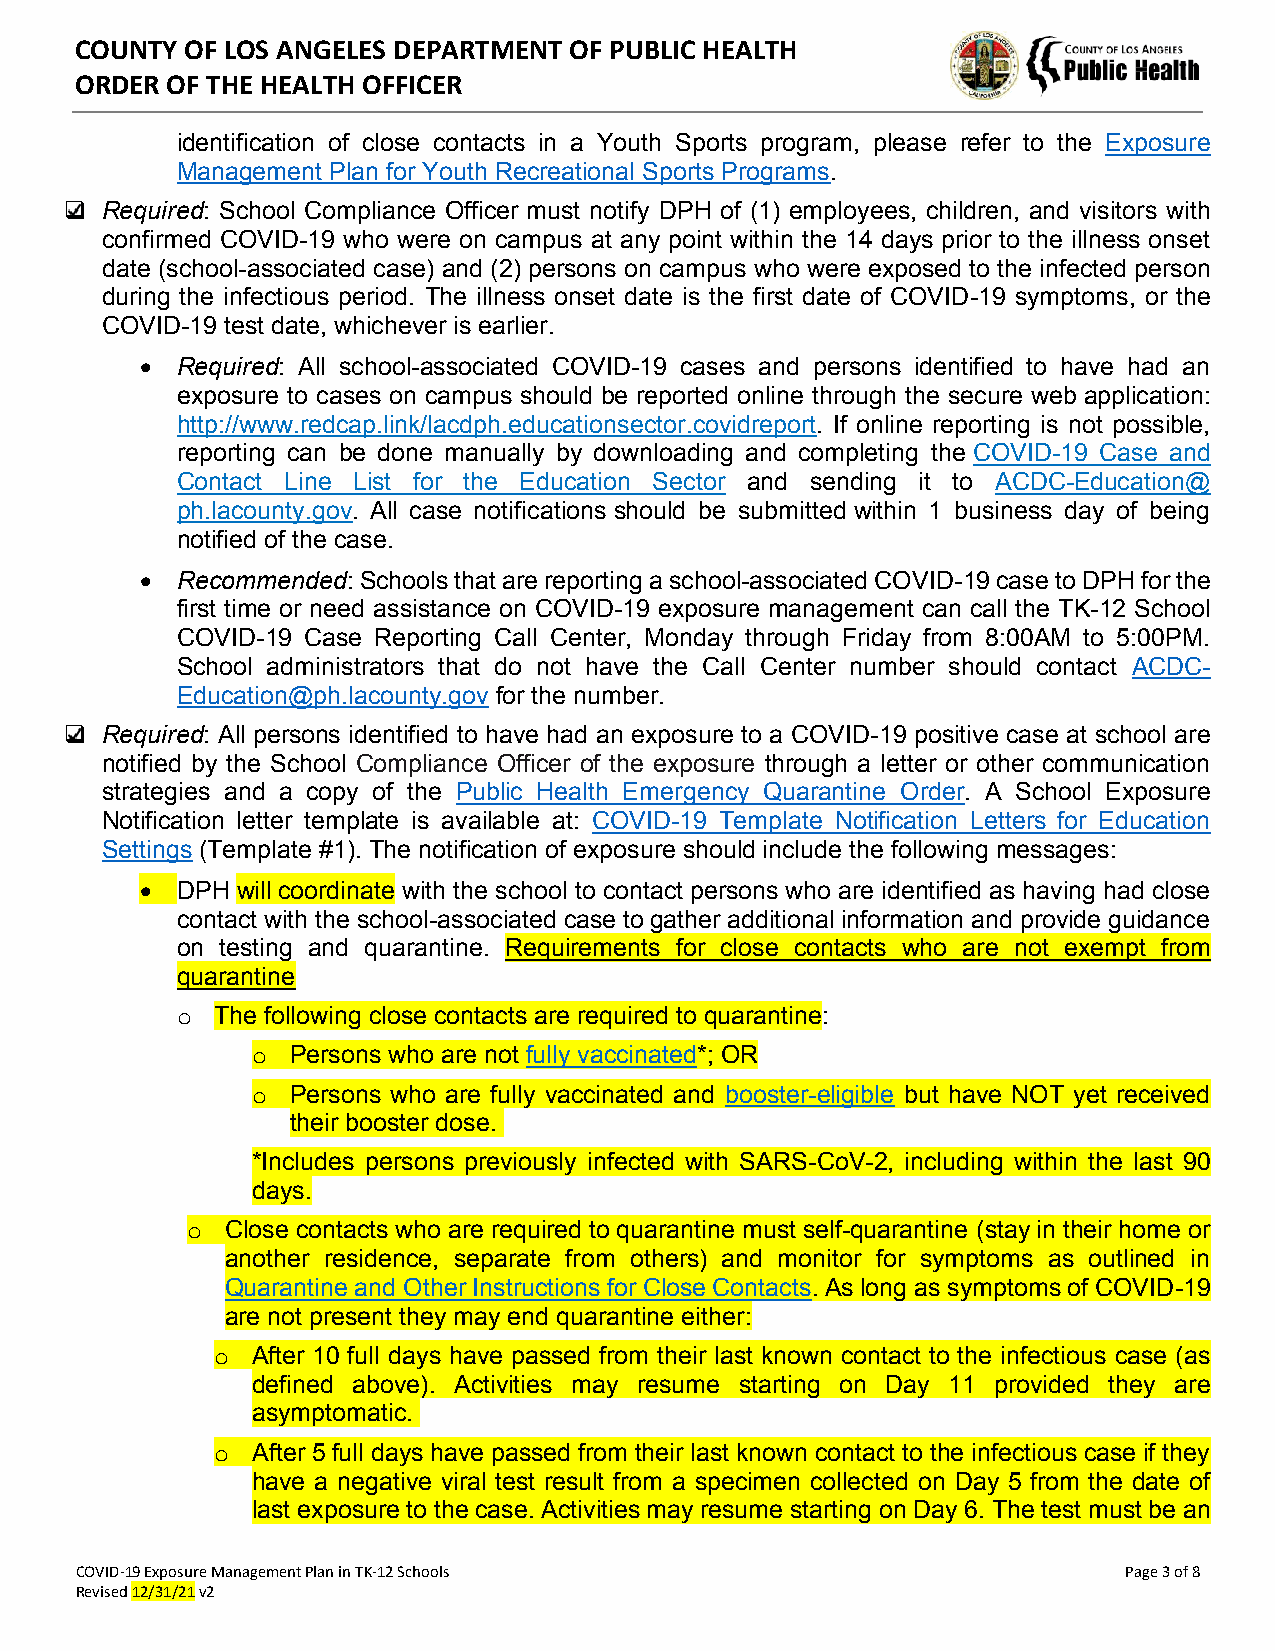
COUNTY OF LOS ANGELES DEPARTMENT OF PUBLIC HEALTH
 ORDER OF THE HEALTH OFFICER
 identification of close contacts in a Youth Sports program, please refer to the Exposure
 Management Plan for Youth Recreational Sports Programs.
 ❑  Required: School Compliance Officer must notify DPH of (1) employees, children, and visitors with
 confirmed COVID-19 who were on campus at any point within the 14 days prior to the illness onset
 date (school-associated case) and (2) persons on campus who were exposed to the infected person
 during the infectious period. The illness onset date is the first date of COVID-19 symptoms, or the
 COVID-19 test date, whichever is earlier.
 •  Required: All school-associated COVID-19 cases and persons identified to have had an
 exposure to cases on campus should be reported online through the secure web application:
 http://www.redcap.link/lacdph.educationsector.covidreport. If online reporting is not possible,
 reporting can be done manually by downloading and completing the COVID-19 Case and
 Contact Line List for the Education Sector and sending it to ACDC-Education@
 ph.lacounty.gov. All case notifications should be submitted within 1 business day of being
 notified of the case.
 •  Recommended: Schools that are reporting a school-associated COVID-19 case to DPH for the
 first time or need assistance on COVID-19 exposure management can call the TK-12 School
 COVID-19 Case Reporting Call Center, Monday through Friday from 8:00AM to 5:00PM.
 School administrators that do not have the Call Center number should contact ACDC-
 Education@ph.lacounty.gov for the number.
 ❑  Required: All persons identified to have had an exposure to a COVID-19 positive case at school are
 notified by the School Compliance Officer of the exposure through a letter or other communication
 strategies and a copy of the Public Health Emergency Quarantine Order. A School Exposure
 Notification letter template is available at: COVID-19 Template Notification Letters for Education
 Settings (Template #1). The notification of exposure should include the following messages:
 •  DPH will coordinate with the school to contact persons who are identified as having had close
 contact with the school-associated case to gather additional information and provide guidance
 on testing and quarantine. Requirements for close contacts who are not exempt from
 quarantine
 o The following close contacts are required to quarantine:
 o Persons who are not fully vaccinated*; OR
 o Persons who are fully vaccinated and booster-eligible but have NOT yet received
 their booster dose.
 *Includes persons previously infected with SARS-CoV-2, including within the last 90
 days.
 o  Close contacts who are required to quarantine must self-quarantine (stay in their home or
 another residence, separate from others) and monitor for symptoms as outlined in
 Quarantine and Other Instructions for Close Contacts. As long as symptoms of COVID-19
 are not present they may end quarantine either:
 o  After 10 full days have passed from their last known contact to the infectious case (as
 defined above). Activities may resume starting on Day 11 provided they are
 asymptomatic.
 o  After 5 full days have passed from their last known contact to the infectious case if they
 have a negative viral test result from a specimen collected on Day 5 from the date of
 last exposure to the case. Activities may resume starting on Day 6. The test must be an
 COVID-19 Exposure Management Plan in TK-12 Schools                    Page 3 of 8
 Revised 12/31/21 v2